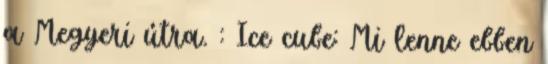
a Megyeri útra. : Ice cube: Mi lenne ebben